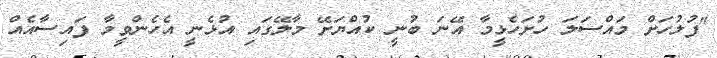
"ފުލުހަށް މައްސަލަ ހުށަހެޅީމާ އޭނަ ބުނީ ކުއްޔަށޭ މާލޭގައި އުޅެނީ އެހެންވީމާ ފައިސާއެއް